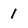
Character: 1